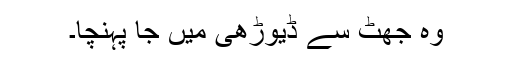
وہ جھٹ سے ڈیوڑھی میں جا پہنچا۔